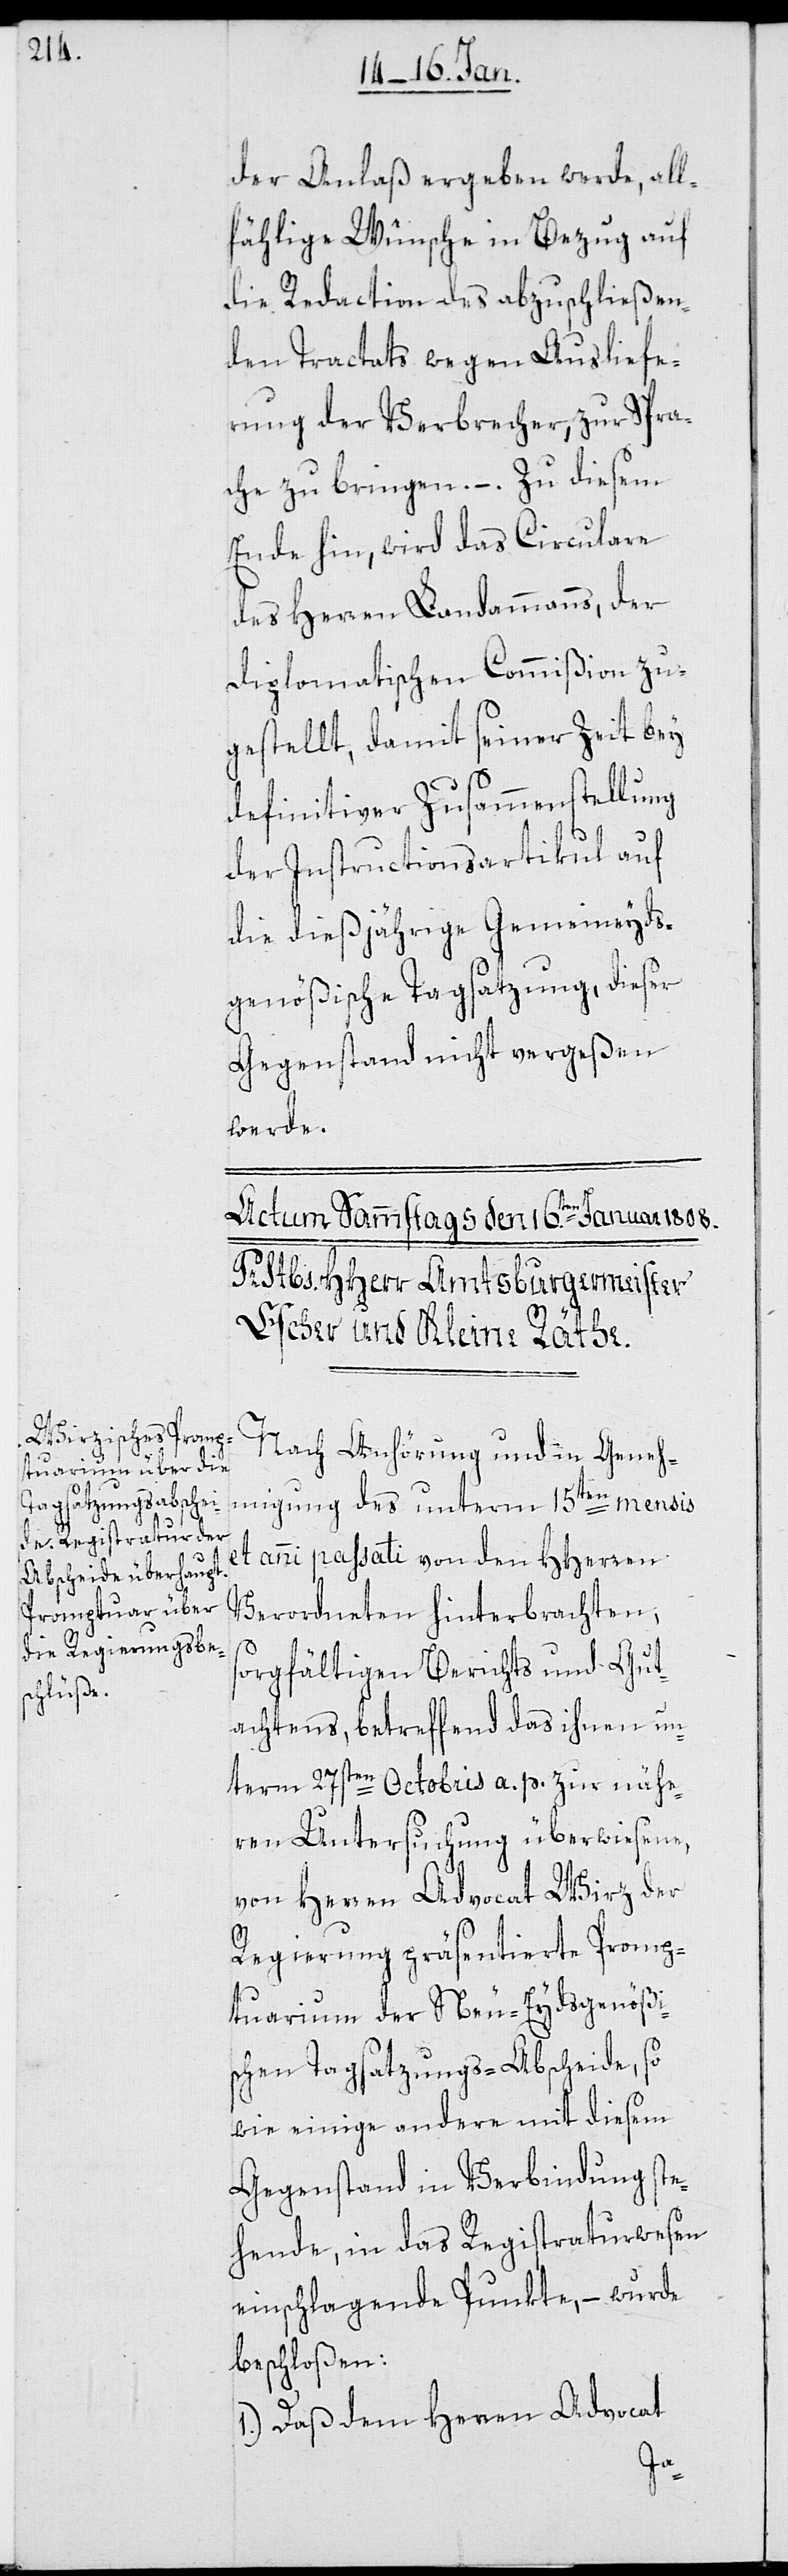
der Anlaß ergeben werde, all¬
fähllige Wünsche in Bezug auf
die Redaction des abzuschließen¬
den Tractats wegen Ausliefe¬
rung der Verbrecher, zur Spra¬
che zu bringen. – Zu diesem
Ende hin wird das Circulare
des Herren Landammanns, der
diplomatischen Commißion zu¬
gestellt, damit seiner Zeit bey
definitiver Zusammenstellung
der Instructionsartikul auf
die dießjährige Gemeineyds¬
genößische Tagsatzung, dieser
Gegenstand nicht vergeßen
werde.
Nach Anhörung und in Geneh¬
migung des unterm 15ten mensis
anni passati von den HHerren
Verordneten hinterbrachten,
sorgfältigen Berichts und Gut¬
achtens, betreffend das ihnen un¬
term 27sten Octobris a. p. zur nähe¬
ren Untersuchung überwiesene,
von Herren Advocat Wirz der
Regierung präsentierte Promp¬
tuarium der Neu-Eydsgenößi¬
schen Tagsatzungs-Abscheide, so
wie einige andere mit diesem
Gegenstand in Verbindung ste¬
hende, in das Registraturwesen
einschlagende Punkte, – wurde
beschloßen:
1.) Daß dem Herren Advocat